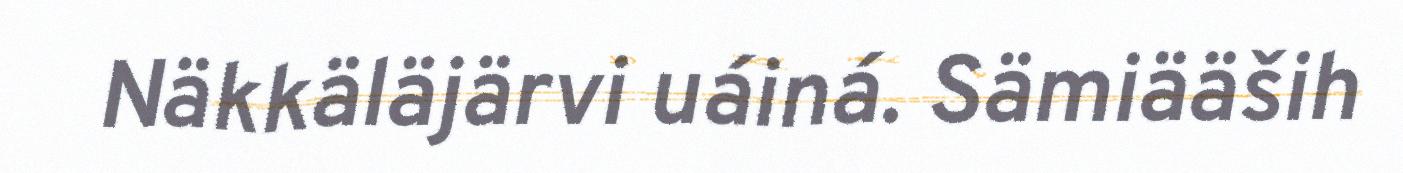
Näkkäläjärvi uáiná. Sämiääših